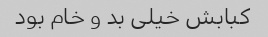
کبابش خیلی بد و خام بود